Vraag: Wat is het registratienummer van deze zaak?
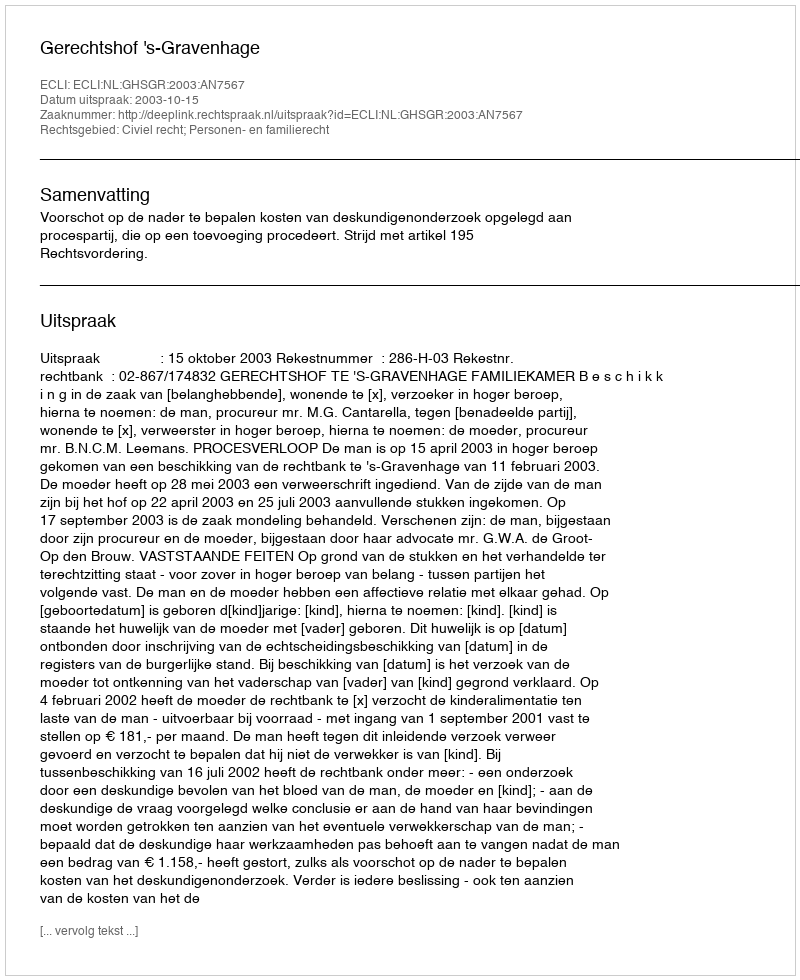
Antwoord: http://deeplink.rechtspraak.nl/uitspraak?id=ECLI:NL:GHSGR:2003:AN7567